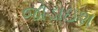
જોડાઇશ